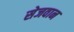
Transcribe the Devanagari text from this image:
सेजवान